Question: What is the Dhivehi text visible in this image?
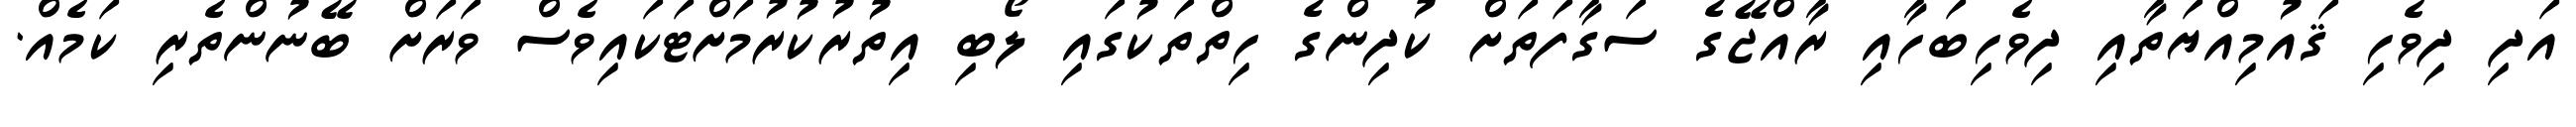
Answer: އަދި ދިވެހި ޤައުމިއްޔަތާއި ދިވެހިބަހާއި ރާއްޖޭގެ ސަގާފަތަށް ކުދިންގެ ހިތްތަކުގައި ލޯބި އިތުރުކުރުމަށްޓަކައިވެސް ވަރަށް ބޭނުންތެރި ކަމެއް.